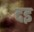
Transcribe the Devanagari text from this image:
दइ